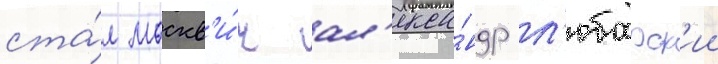
ста́л москв'и́ч ал'екса́ндр л'юбарск'ии